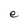
Character: e